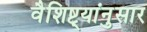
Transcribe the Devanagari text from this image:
वैशिष्ट्यांनुसार